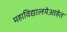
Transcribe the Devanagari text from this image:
महाविद्यालयेआहेत